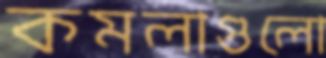
কমলাগুলো